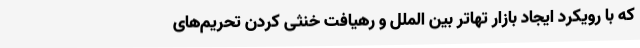
که با رویکرد ایجاد بازار تهاتر بین الملل و رهیافت خنثی کردن تحریم‌های